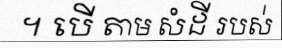
។ បើ តាម សំដី របស់